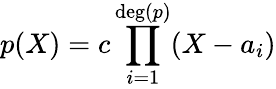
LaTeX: p(X)=c\prod_{i=1}^{\deg(p)}(X-a_{i})